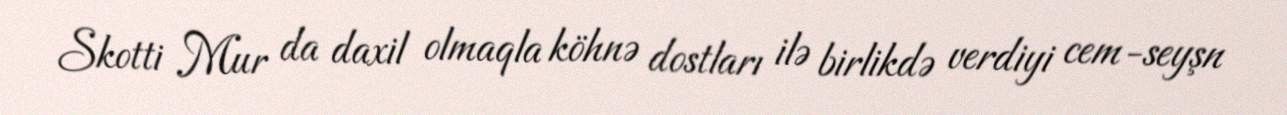
Skotti Mur da daxil olmaqla köhnə dostları ilə birlikdə verdiyi cem-seyşn